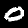
Digit: 0